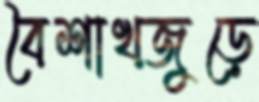
বৈশাখজুড়ে